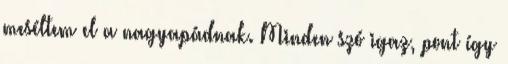
meséltem el a nagyapádnak. Minden szó igaz, pont így